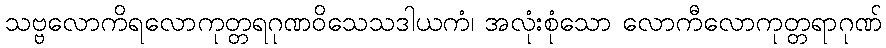
သဗ္ဗလောကိရလောကုတ္တရဂုဏဝိသေသဒါယကံ၊ အလုံးစုံသော လောကီလောကုတ္တရာဂုဏ်